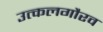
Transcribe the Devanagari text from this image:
उत्कलगौरव